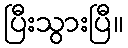
ပြီးသွားပြီ။